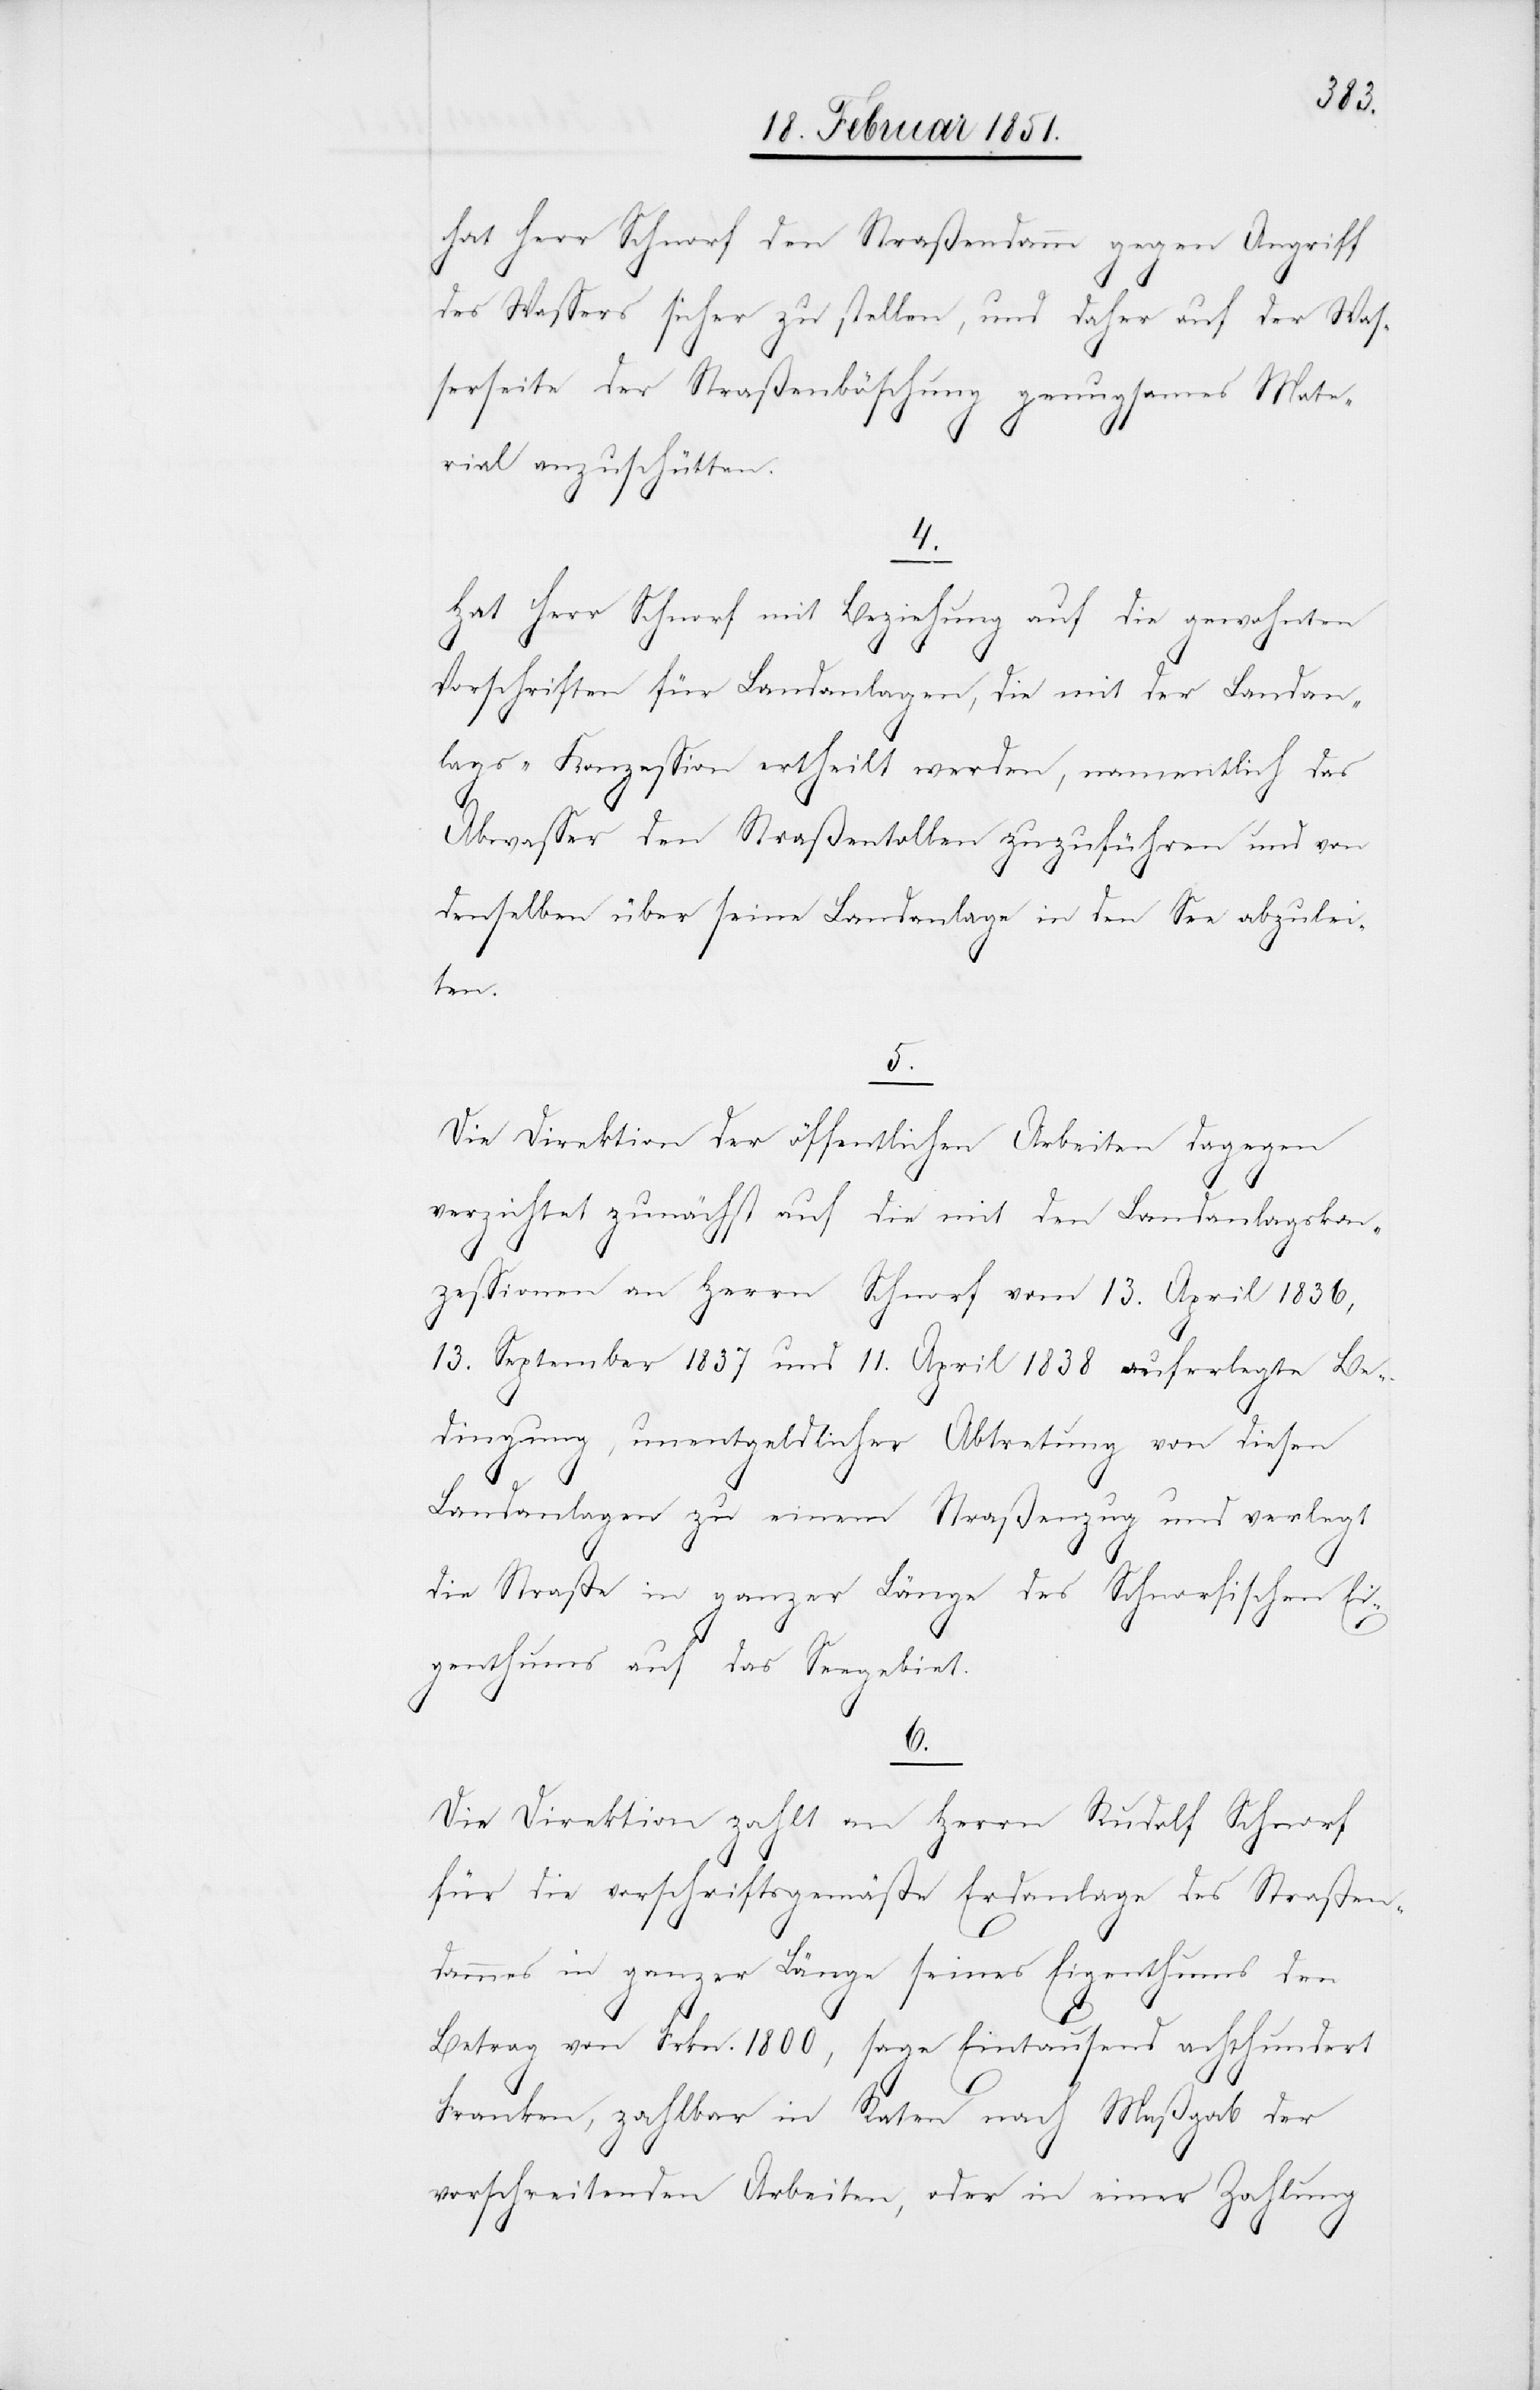
hat Herr Schnorf den Straßendamm gegen Angriff
des Wassers sicher zu stellen, und daher auf der Was¬
serseite der Straßenböschung genugsames Mate¬
rial anzuschütten.
4.
Hat Herr Schnorf mit Beziehung auf die gewohnten
Vorschriften für Landanlagen, die mit der Landan¬
lags-Konzession ertheilt werden, namentlich das
Abwasser den Straßentollen zuzuführen und von
denselben über seine Landanlage in den See abzulei¬
ten.
5.
Die Direktion der öffentlichen Arbeiten dagegen
verzichtet zunächst auf die mit den Landanlagskon¬
zessionen an Herrn Schnorf vom 13. April 1836,
13. September 1837 und 11. April 1838 auferlegte Be¬
dingung, unentgeldlicher Abtretung von diesen
Landanlagen zu einem Straßenzug und verlegt
die Straße in ganzer Länge des Schnorfischen Ei¬
genthums auf das Seegebiet.
6.
Die Direktion zahlt an Herrn Rudolf Schnorf
für die vorschriftsgemäße Erdanlage des Straßen¬
dammes in ganzer Länge seines Eigenthums den
Betrag von Frkn. 1800, sage Eintausend achthundert
Franken, zahlbar in Raten nach Maßgab[e] der
vorschreitenden Arbeiten, oder in einer Zahlung